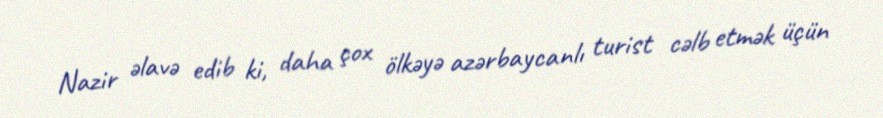
Nazir əlavə edib ki, daha çox ölkəyə azərbaycanlı turist cəlb etmək üçün